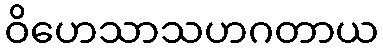
ဝိဟေသာသဟဂတာယ